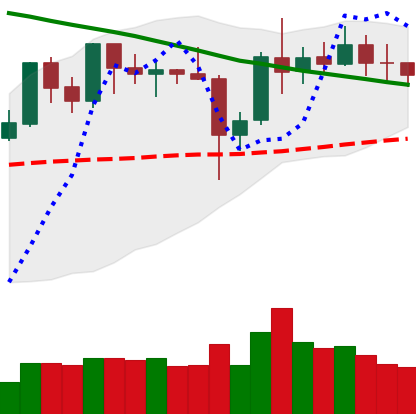
Ticker: XRP-USD
Chart end date: 2019-11-01
Forward return: 5.961%
Label: up_5_7